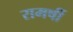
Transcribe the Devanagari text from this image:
रामर्षी